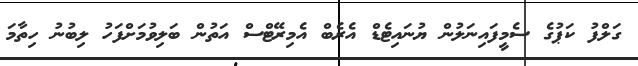
ގަލްފު ކަޕުގެ ސެމީފައިނަލުން ޔުނައިޓެޑް އެރެބް އެމިރޭޓްސް އަތުން ބަލިވުމަށްފަހު ލިބުނު ހިތާމަ